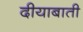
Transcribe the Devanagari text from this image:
दीयाबाती